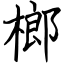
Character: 榔